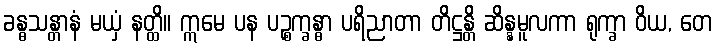
ခန္ဓသန္တာနံ မယှံ နတ္ထိ။ ဣမေ ပန ပဉ္စက္ခန္ဓာ ပရိညာတာ တိဋ္ဌန္တိ ဆိန္နမူလကာ ရုက္ခာ ဝိယ, တေ